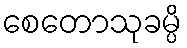
စေတောသုခမ္ပိ